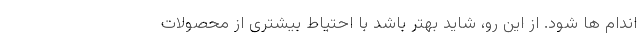
اندام ها شود. از این رو، شاید بهتر باشد با احتیاط بیشتری از محصولات